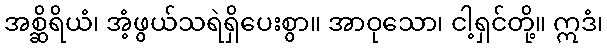
အစ္ဆိရိယံ၊ အံ့ဖွယ်သရဲရှိပေးစွာ။ အာဝုသော၊ ငါ့ရှင်တို့။ ဣဒံ၊